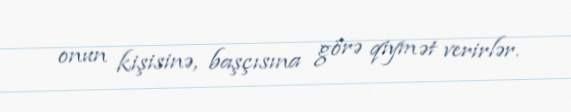
onun kişisinə, başçısına görə qiymət verirlər.